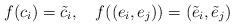
LaTeX: \begin{align*}f(c_i)=\tilde c_i,\quad f((e_i,e_j))=(\tilde e_i,\tilde e_j)\end{align*}